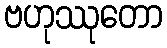
ဗဟုဿုတော